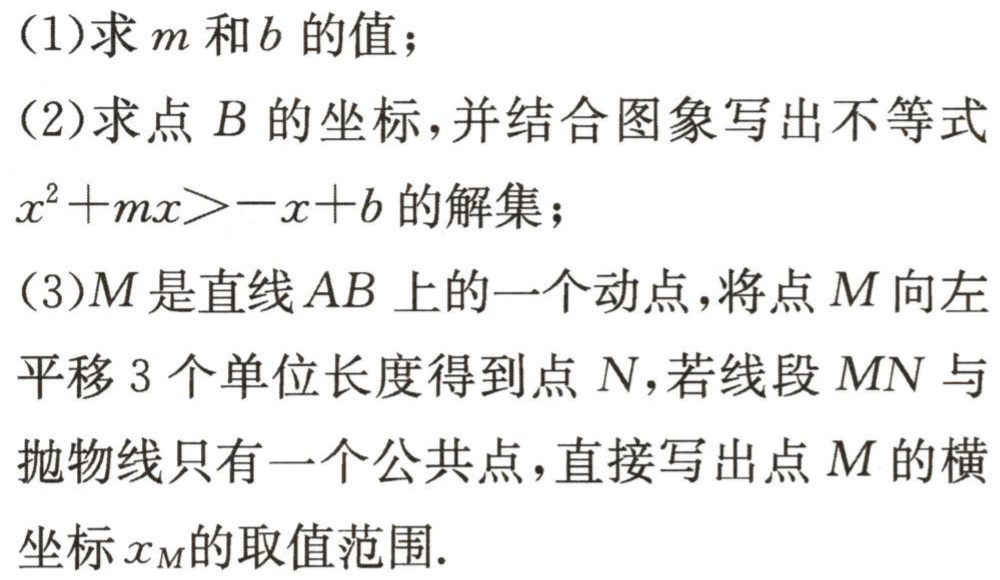
(1)求\(m\)和\(b\)的值；

(2)求点\(B\)的坐标，并结合图象写出不等式\(x^{2}+mx > -x + b\)的解集；

(3)\(M\)是直线\(AB\)上的一个动点，将点\(M\)向左平移\(3\)个单位长度得到点\(N\)，若线段\(MN\)与抛物线只有一个公共点，直接写出点\(M\)的横坐标\(x_{M}\)的取值范围.